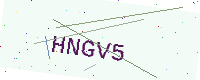
Text: HNGV5